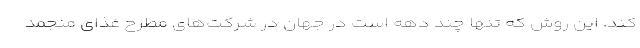
کند. این روش که تنها چند دهه است در جهان در شرکت‌های مطرح غذای منجمد